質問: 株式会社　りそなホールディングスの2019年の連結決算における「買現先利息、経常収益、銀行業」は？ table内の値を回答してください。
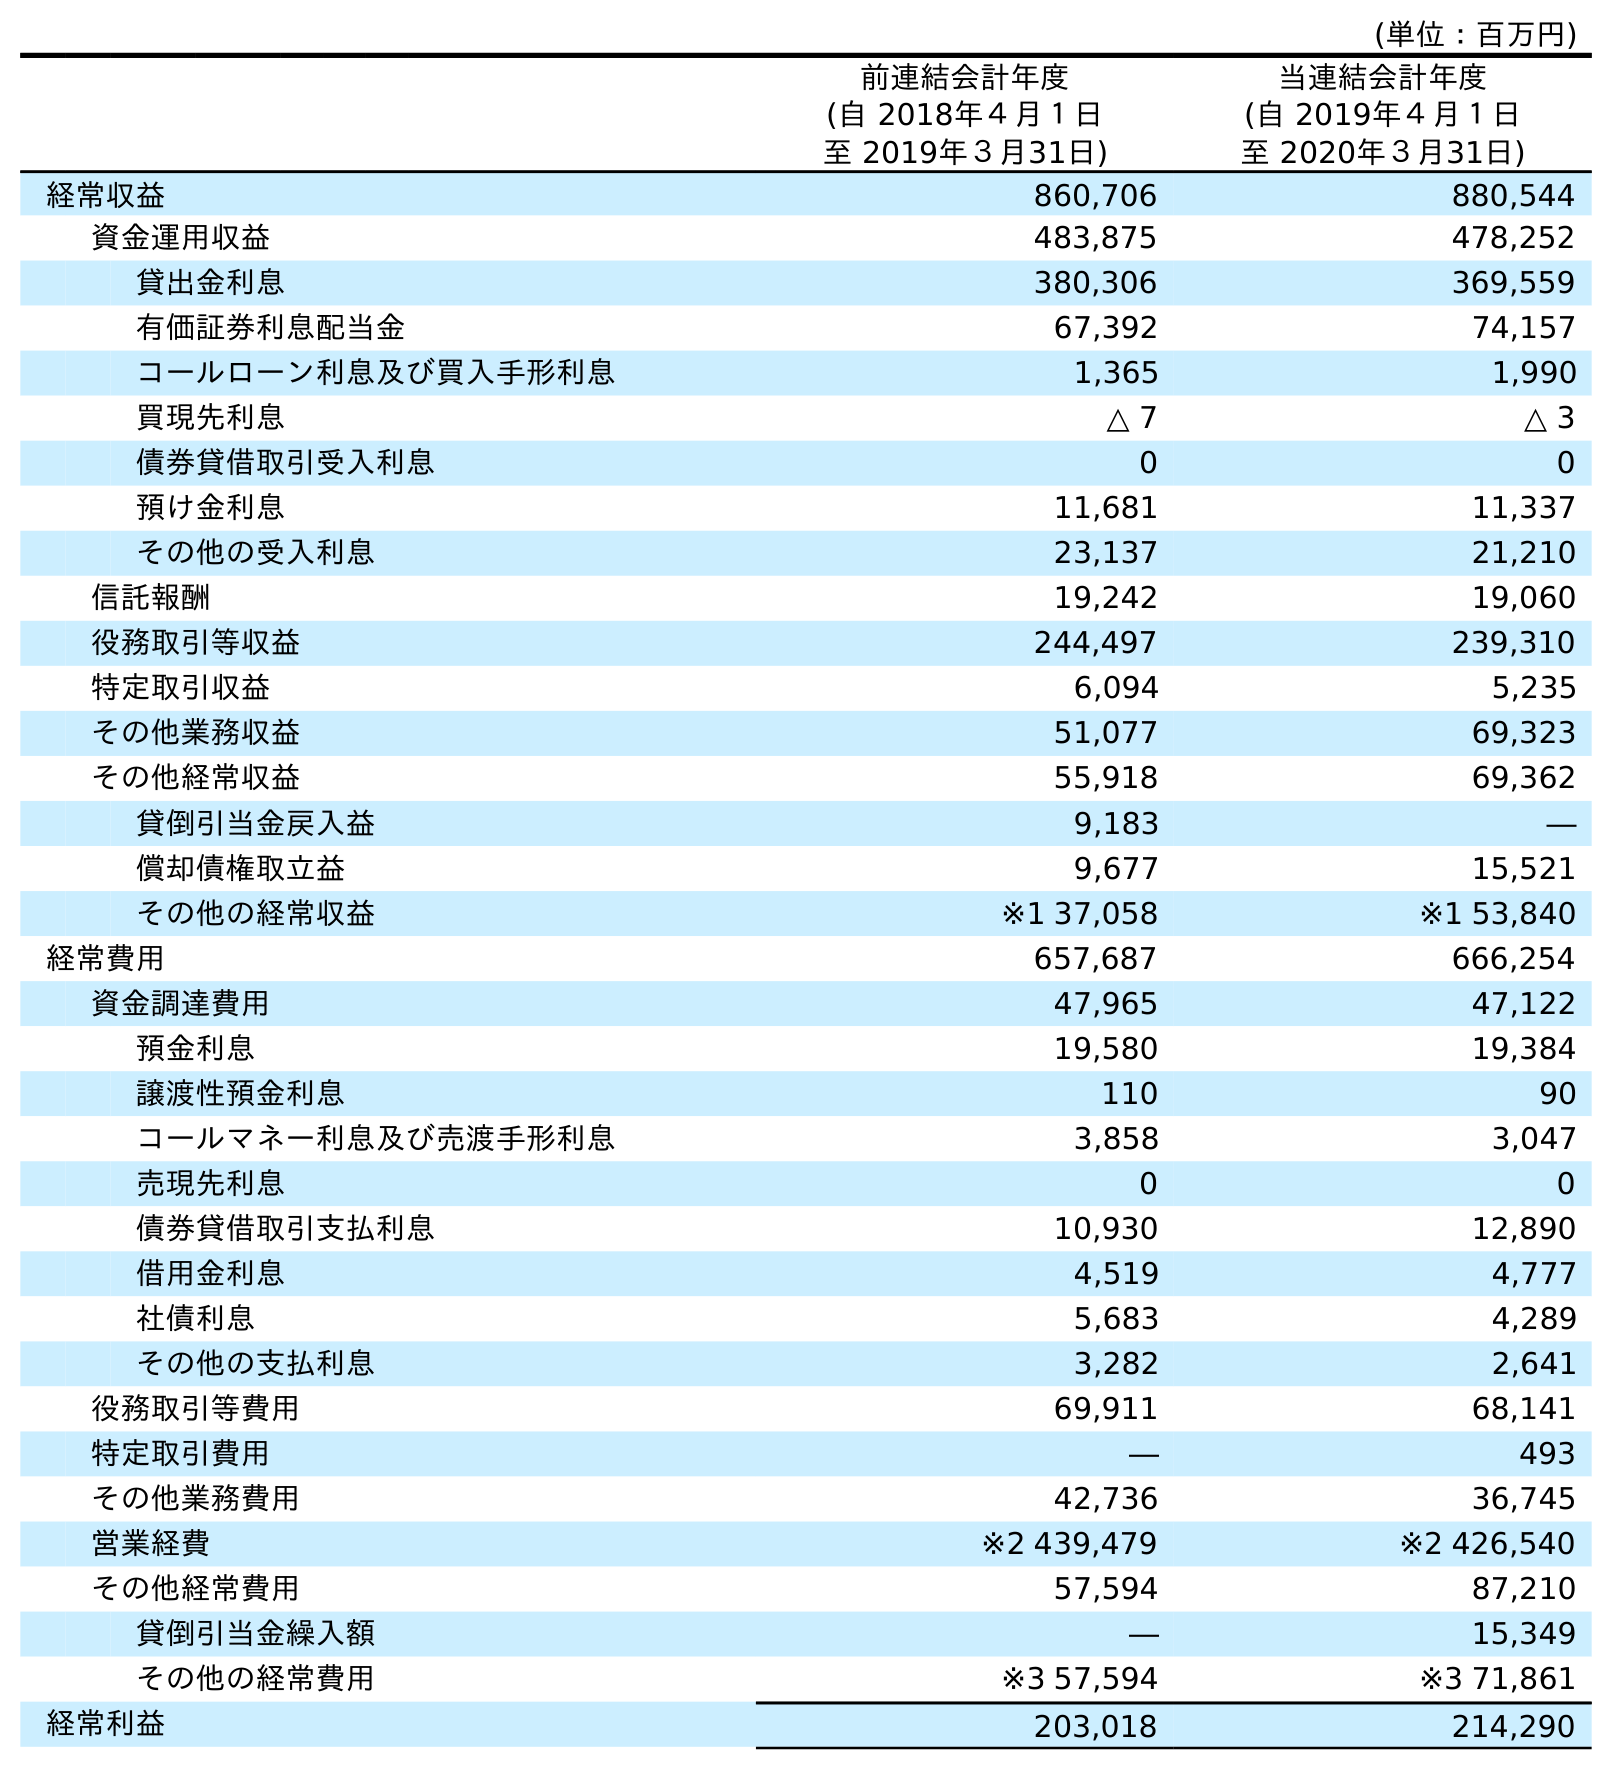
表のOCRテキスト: (単位：百万円) 前連結会計年度 (自 2018年４月１日 至 2019年３月31日) 当連結会計年度 (自 2019年４月１日 至 2020年３月31日) 経常収益 860,706 880,544 資金運用収益 483,875 478,252 貸出金利息 380,306 369,559 有価証券利息配当金 67,392 74,157 コールローン利息及び買入手形利息 1,365 1,990 買現先利息 △ 7 △ 3 債券貸借取引受入利息 0 0 預け金利息 11,681 11,337 その他の受入利息 23,137 21,210 信託報酬 19,242 19,060 役務取引等収益 244,497 239,310 特定取引収益 6,094 5,235 その他業務収益 51,077 69,323 その他経常収益 55,918 69,362 貸倒引当金戻入益 9,183 ― 償却債権取立益 9,677 15,521 その他の経常収益 ※1 37,058 ※1 53,840 経常費用 657,687 666,254 資金調達費用 47,965 47,122 預金利息 19,580 19,384 譲渡性預金利息 110 90 コールマネー利息及び売渡手形利息 3,858 3,047 売現先利息 0 0 債券貸借取引支払利息 10,930 12,890 借用金利息 4,519 4,777 社債利息 5,683 4,289 その他の支払利息 3,282 2,641 役務取引等費用 69,911 68,141 特定取引費用 ― 493 その他業務費用 42,736 36,745 営業経費 ※2 439,479 ※2 426,540 その他経常費用 57,594 87,210 貸倒引当金繰入額 ― 15,349 その他の経常費用 ※3 57,594 ※3 71,861 経常利益 203,018 214,290
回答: △7